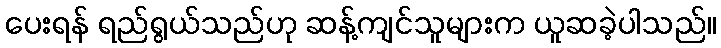
ပေးရန် ရည်ရွယ်သည်ဟု ဆန့်ကျင်သူများက ယူဆခဲ့ပါသည်။